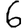
Digit: 6